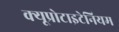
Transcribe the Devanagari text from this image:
क्यूप्रोटाइटेनियम